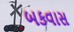
બકવાસ